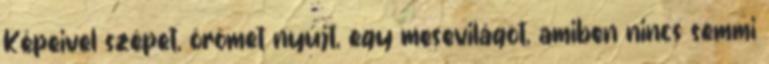
Képeivel szépet, örömet nyújt, egy mesevilágot, amiben nincs semmi